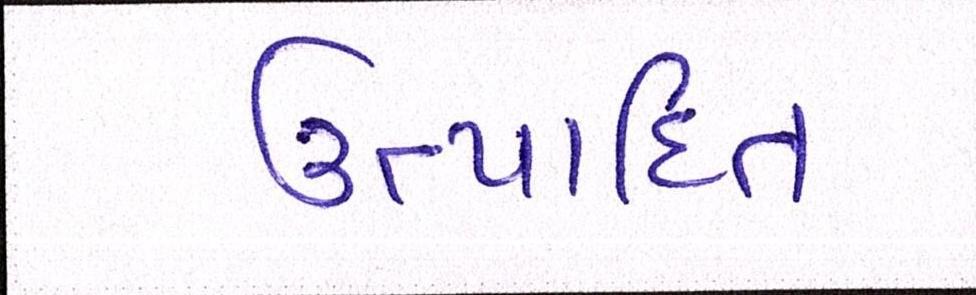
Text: ઉત્પાદિત